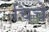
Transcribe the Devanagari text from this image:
चिंचे